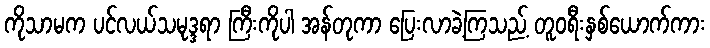
ကိုသာမက ပင်လယ်သမုဒ္ဒရာ ကြီးကိုပါ အန်တုကာ ပြေးလာခဲ့ကြသည့် တူဝရီးနှစ်ယောက်ကား